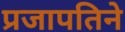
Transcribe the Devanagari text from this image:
प्रजापतिने